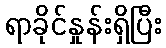
ရာခိုင်နှုန်းရှိပြီး